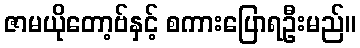
ဇာမယိုတော့ဗ်နှင့် စကားပြောရဦးမည်။